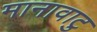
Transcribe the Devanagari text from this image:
मानावाटु